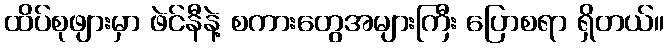
ထိပ်စုဖျားမှာ ဖဲင်နီနဲ့ စကားတွေအများကြီး ပြောစရာ ရှိတယ်။